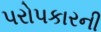
પરોપકારની